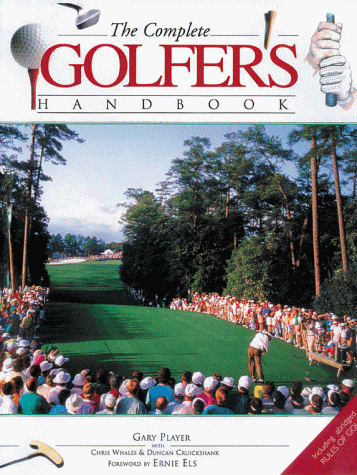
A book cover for The Complete Golfer's Handbook; Gary Player; Sports & Outdoors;